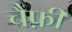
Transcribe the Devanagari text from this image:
चैफ़ी